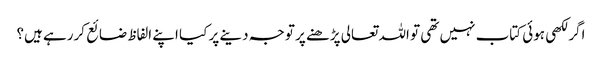
اگر لکھی ہوئی کتاب نہیں تھی تو اللہ تعالی پڑھنے پر توجہ دینے پر کیا اپنے الفاظ ضائع کررہے ہیں؟